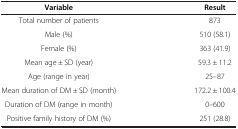
| Variable | Result |
 | --- | --- |
 | Total number of patients | 873 |
 | Male (%) | 510 (58.1) |
 | Female (%) | 363 (41.9) |
 | Mean age ± SD (year) | 59.3 ± 11.2 |
 | Age (range in year) | 25–87 |
 | Mean duration of DM ± SD (month) | 172.2 ± 100.4 |
 | Duration of DM (range in month) | 0–600 |
 | Positive family history of DM (%) | 251 (28.8) |